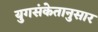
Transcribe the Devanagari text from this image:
युगसंकेतानुसार